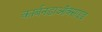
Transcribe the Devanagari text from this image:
कार्बनडाऑक्साइड